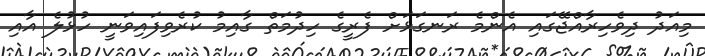
މިއަދު ދިވެހިރާއްޖޭގައި އެންމެ ރަނގަޅަށް ފެރީގެ ހިދުމަތް ގާއިމު ކުރެވިފައިވަނީ ހުޅުލެ އާއި